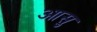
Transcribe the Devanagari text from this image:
आसु